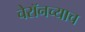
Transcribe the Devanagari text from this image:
चेरॉनच्याच